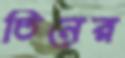
তিনের